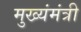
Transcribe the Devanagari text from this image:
मुख्यंमंत्री